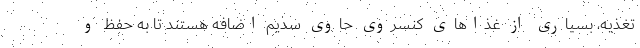
تغذیه، بسیاری از غذاهای کنسروی حاوی سدیم اضافه هستند تا به حفظ و